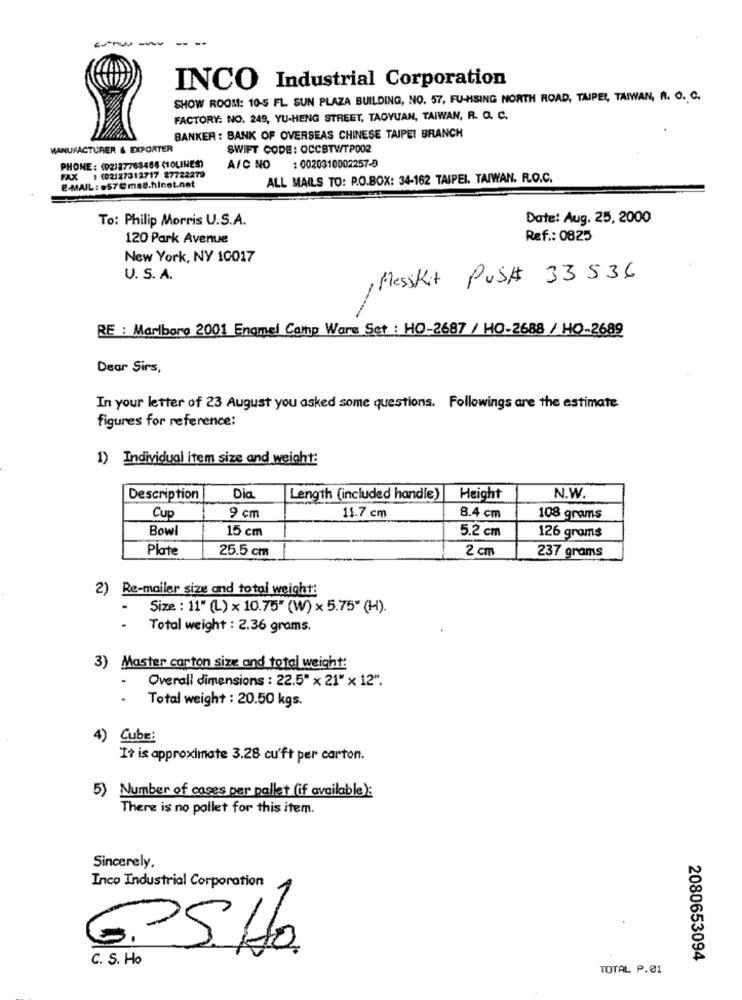
------
INCO Industrial Corporation
SHOW ROOM: 10-5 FL. SUN PLAZA BUILDING, NO. 57, FU-HSING NORTH ROAD, TAIPEI, TAIWAN, R. O. C.
FACTORY: NO. 249, YU-HENG STREET, TAOYUAN, TAIWAN, R. C. C.
BANKER : BANK OF OVERSEAS CHINESE TAIPEI BRANCH
MANUFACTURER & EXPORTER
SWIFT CODE: OCCBTWTP002
PHONE: (02)27768466 (TOLINES)
A/C NO : 0020310002257-9
FAX : (02127312717 87722279
ALL MAILS TO: P.O.BOX: 34-162 TAIPEI, TAIWAN. R.O.C.
E-MAIL : 57Cms8.hlnet.net
To: Philip Morris U.S.A.
Date: Aug. 25, 2000
120 Park Avenue
Ref .: 0825
New York, NY 10017
U. S. A.
Messkit PUS# 33536
RE : Marlboro 2001 Enamel Camp Ware Set : HO-2687 / HO-2688 / HO-2689
Dear Sirs,
In your letter of 23 August you asked some questions. Followings are the estimate
figures for reference:
1) Individual item size and weight:
Description
Dia
Length (included handle)
Height
N.W.
9 cm
Cup
11.7 cm
8.4 cm
108 grams
Bowl
15 cm
5.2 cm
126 grams
Plate
25.5 cm
2 cm
237 grams
2) Re-mailer size and total weight:
Size : 11" (L) x 10.75" (W) × 5.75" (H).
Total weight : 2.36 grams.
3) Master carton size and total weight:
Overall dimensions : 22.5" x 21" × 12".
Total weight : 20.50 kgs.
4) Cube:
It is approximate 3.28 cu'ft per carton.
5) Number of cases per pallet (if available):
There is no pollet for this item.
Sincerely,
Inco Industrial Corporation
GPS. Ho
C. S. Ho
2080653094
TOTAL P.01